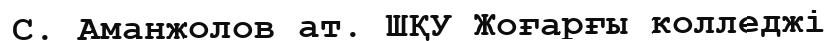
С. Аманжолов ат. ШҚУ Жоғарғы колледжі